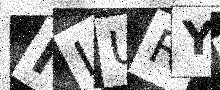
Text: ILURYM